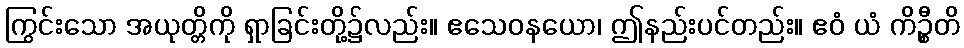
ကြွင်းသော အယုတ္တိကို ရှာခြင်းတို့၌လည်း။ ဧသေဝနယော၊ ဤနည်းပင်တည်း။ ဧဝံ ယံ ကိဉ္စီတိ